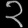
Digit: ၃